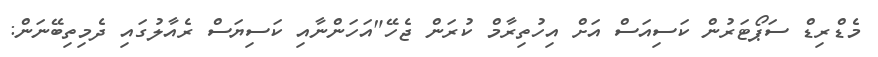
މެޑްރިޑް ސަޕޯޓަރުން ކަސިއަސް އަށް އިހުތިރާމް ކުރަން ޖެހޭ"އަހަންނާއި ކަސިޔަސް ރެއާލުގައި ދެމިތިބޭނަން: